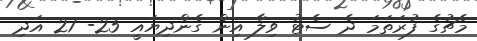
މެޗުގެ ފުރަތަމަ ދެ ސެޓު ވިލާ އިން ގެންދިޔައީ 25- 21 އަދި